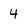
Character: 4